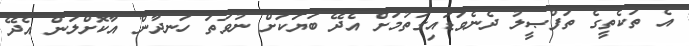
އެ ތަކެތީގެ ތަފްޞީލު ދެނެވަޑައިގަތުމަށް އެދޭ ބަޔަކަށް ނުވަތަ ހަނދާން އާކޮށްލަން އެދޭ